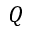
Q